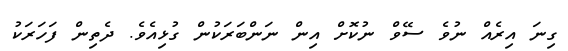
ގިނަ އިރެއް ނުވެ ސޭވް ނުކޮށް އިން ނަންބަރަކުން ގުޅިއެވެ. ދެތިން ފަހަރަކު